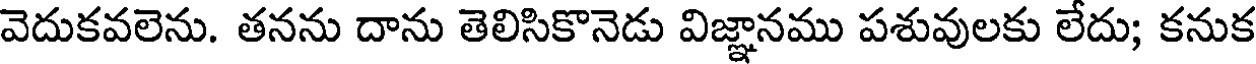
వెదుకవలెను. తనను దాను తెలిసికొనెడు విజ్ఞానము పశువులకు లేదు; కనుక